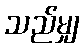
သည်မျှ